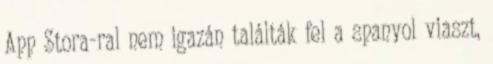
App Stora-ral nem igazán találták fel a spanyol viaszt,